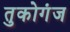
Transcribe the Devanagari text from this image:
तुकोगंज